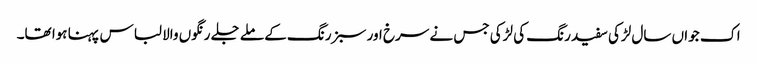
اک جواں سال لڑکی سفید رنگ کی لڑکی جس نے سرخ اور سبز رنگ کے ملے جلے رنگوں والا لباس پہنا ہوا تھا۔